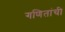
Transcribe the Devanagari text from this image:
गणितांची